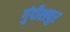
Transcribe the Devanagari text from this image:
गुंदीशपुर